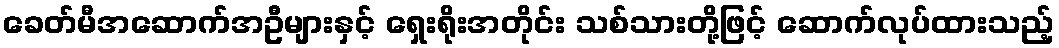
ခေတ်မီအဆောက်အဦများနှင့် ရှေးရိုးအတိုင်း သစ်သားတို့ဖြင့် ဆောက်လုပ်ထားသည့်